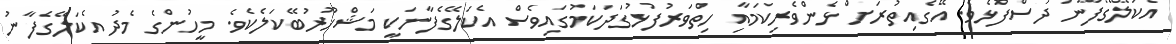
އެކަލޭގެފާނު ދަސްފުޅެވެ. އޭގެއިތުރަށް ޅެންވެރިކަމާއި ހިތްވަރުފުޅުގަދަކަމުގައިވެސް އެކަލޭގެފާނަކީ މަޝްހޫރުބޭކަލެކެވެ. މީހުންގެ މެދު އެކަލޭގެފާނު